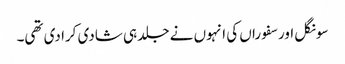
سونگل اور سفوراں کی انہوں نے جلد ہی شادی کرا دی تھی۔